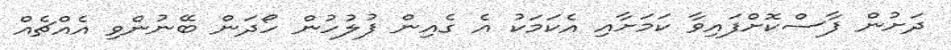
ދަށުން ފާސްކޮށްފައިވާ ކަމަށާއި އެކަމަކު އެ ގެެއިން ފުލުހުން ހޯދަން ބޭނުންވި އެއްޗެއް